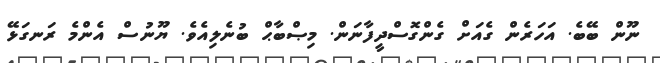
ނޫން ބޭބެ. އަހަރެން ގެއަށް ގެންގޮސްދީފާނަން. މިޞްބާޙް ބުނެލިއެވެ. ޔޫނުސް އެންމެ ރަނގަޅޭ